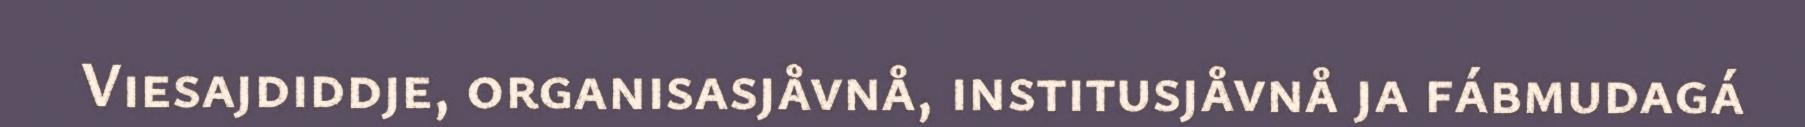
Viesajdiddje, organisasjåvnå, institusjåvnå ja fábmudagá